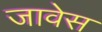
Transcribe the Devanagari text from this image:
जावेस